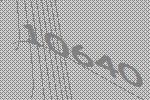
10640